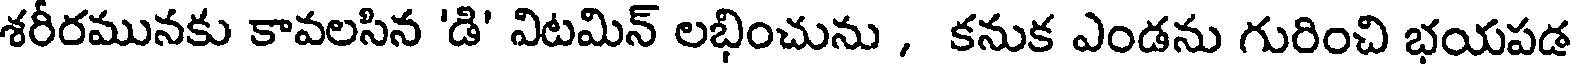
శరీరమునకు కావలసిన 'డి' విటమిన్ లభించును , కనుక ఎండను గురించి భయపడ